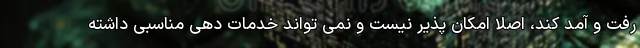
رفت و آمد کند، اصلا امکان پذیر نیست و نمی تواند خدمات دهی مناسبی داشته